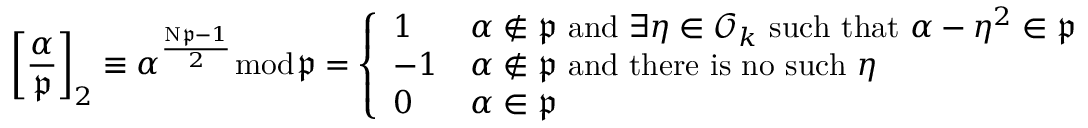
\left[ { \frac { \alpha } { \mathfrak { p } } } \right] _ { 2 } \equiv \alpha ^ { \frac { \mathrm { N } { \mathfrak { p } } - 1 } { 2 } } { \bmod { \mathfrak { p } } } = { \left\{ \begin{array} { l l } { 1 } & { \alpha \not \in { \mathfrak { p } } { \mathrm { ~ a n d ~ } } \exists \eta \in { \mathcal { O } } _ { k } { \mathrm { ~ s u c h ~ t h a t ~ } } \alpha - \eta ^ { 2 } \in { \mathfrak { p } } } \\ { - 1 } & { \alpha \not \in { \mathfrak { p } } { \mathrm { ~ a n d ~ t h e r e ~ i s ~ n o ~ s u c h ~ } } \eta } \\ { 0 } & { \alpha \in { \mathfrak { p } } } \end{array} \right. }